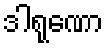
ဒါရုဏော